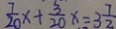
\frac { 7 } { 2 0 } x + \frac { 3 } { 2 0 } x = 3 \frac { 7 } { 2 }